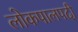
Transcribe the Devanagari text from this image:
लोकपालपदी